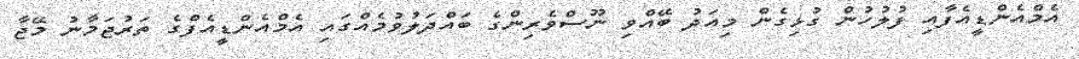
އެމްއެންޑީއެފާއި ފުލުހުން ގުޅިގެން މިއަދު ބޭއްވި ނޫސްވެރިންގެ ބައްދަލުވުމެއްގައި އެމްއެންޑީއެފްގެ ތަރުޖަމާނު މޭޖާ